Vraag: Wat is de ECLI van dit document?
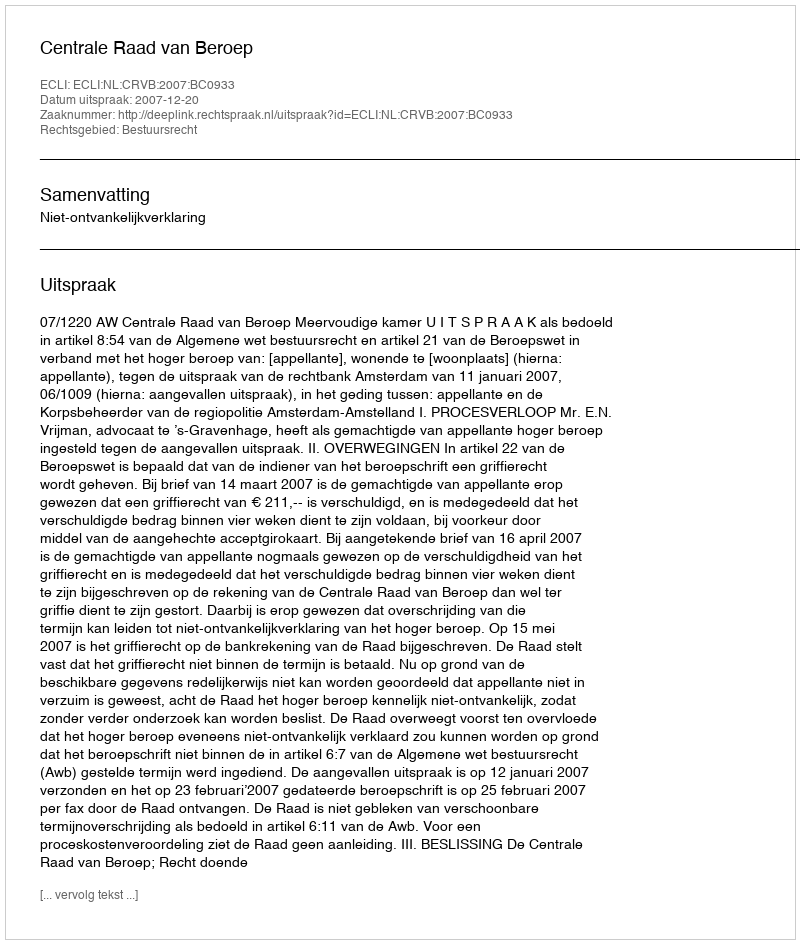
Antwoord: ECLI:NL:CRVB:2007:BC0933